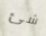
شئ